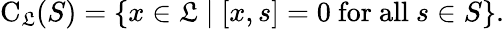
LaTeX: \mathrm{C}_{\mathfrak{L}}(S)=\{ x\in{\mathfrak{L}}\mid[x,s]=0{\mathrm{~for~all~}}s\in S\} .